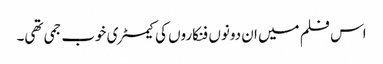
اس فلم میں ان دونوں فنکاروں کی کیمسٹری خوب جمی تھی۔